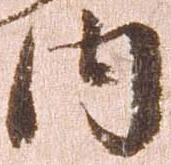
内